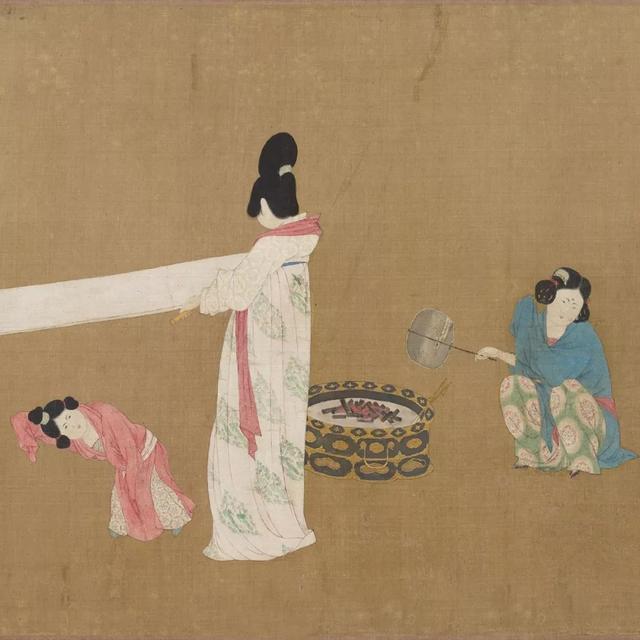
长安一片月，万户捣衣声。